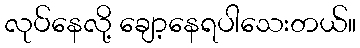
လုပ်နေလို့ ချော့နေရပါသေးတယ်။